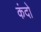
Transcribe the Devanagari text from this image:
कंदो